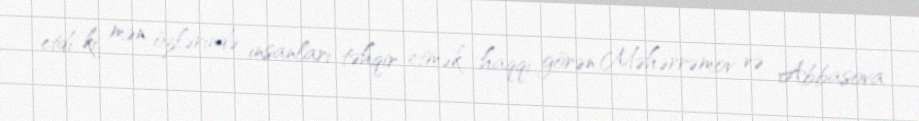
etdi ki, mən özlərində insanları təhqir etmək haqqı görən Məhərrəmov və Abbasova